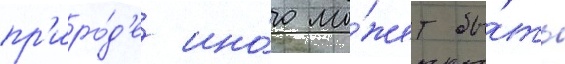
пр'иро́д'е ино́го мо́жет бы́ть